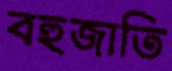
বহুজাতি